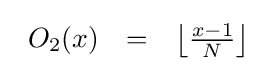
{\begin{array}{lcl}O_{2}(x)&=&\left\lfloor {\frac {x-1}{N}}\right\rfloor \end{array}}